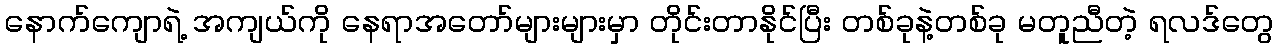
နောက်ကျောရဲ့ အကျယ်ကို နေရာအတော်များများမှာ တိုင်းတာနိုင်ပြီး တစ်ခုနဲ့တစ်ခု မတူညီတဲ့ ရလဒ်တွေ